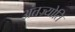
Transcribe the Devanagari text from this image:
अंतज्र्योति